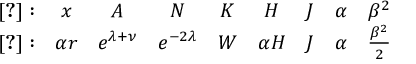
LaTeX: \begin{array} { c c c c c c c c c } { { \cite { b h k } : } } & { { x } } & { { A } } & { { N } } & { { K } } & { { H } } & { { J } } & { { \alpha } } & { { \beta ^ { 2 } } } \\ { { \cite { b f m 2 } : } } & { { \alpha r } } & { { e ^ { \lambda + \nu } } } & { { e ^ { - 2 \lambda } } } & { { W } } & { { \alpha H } } & { { J } } & { { \alpha } } & { { \frac { \beta ^ { 2 } } { 2 } } } \end{array}